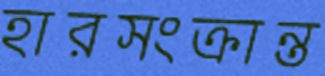
হারসংক্রান্ত